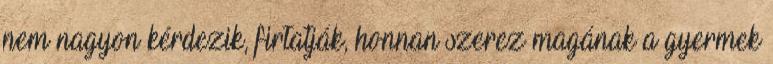
nem nagyon kérdezik, firtatják, honnan szerez magának a gyermek